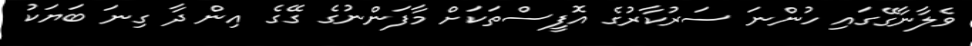
ވެލާނާގޭގައި ހުންނަ ސަރުކާރުގެ އޮފީސްތަކަށް މާފަންނުގެ ގޭގެ އިން ދާ ގިނަ ބަޔަކު